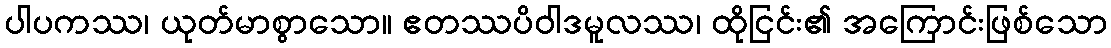
ပါပကဿ၊ ယုတ်မာစွာသော။ ဧတဿပိဝါဒမူလဿ၊ ထိုငြင်း၏ အကြောင်းဖြစ်သော